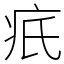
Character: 疧